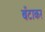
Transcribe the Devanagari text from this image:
बँटाकर